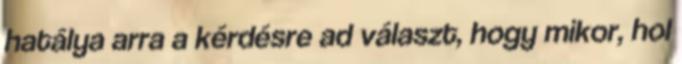
hatálya arra a kérdésre ad választ, hogy mikor, hol